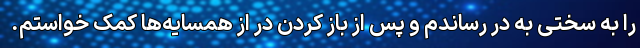
را به سختی به در رساندم و پس از باز کردن در از همسایه‌ها کمک خواستم.